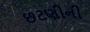
છટણીની